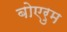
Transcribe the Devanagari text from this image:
बोएरुम